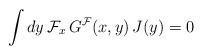
\begin{align*}\int dy \, {\cal F}_x \, G^{\cal F}(x,y) \, J(y) = 0\end{align*}